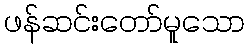
ဖန်ဆင်းတော်မူသော